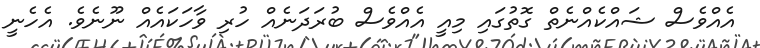
އެއްވެސް ޝައްކެއްނެތް ގޮތުގައި މިއީ އެއްވެސް ބުރަދަނެއް ހުރި ވާހަކައެއް ނޫނެވެ. އެހެނީ